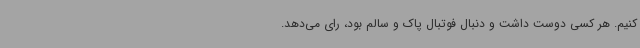
کنیم. هر کسی دوست داشت و دنبال فوتبال پاک و سالم بود، رای می‌دهد.